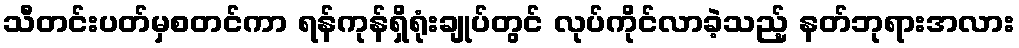
သီတင်းပတ်မှစတင်ကာ ရန်ကုန်ရှိရုံးချုပ်တွင် လုပ်ကိုင်လာခဲ့သည့် နတ်ဘုရားအလား